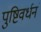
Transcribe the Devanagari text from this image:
पुष्टिवर्धनं